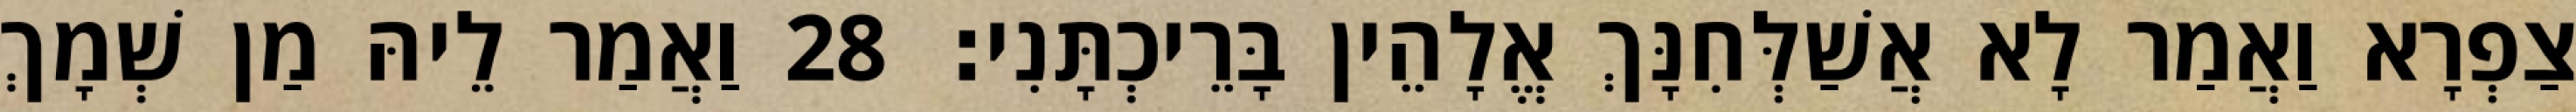
צַפְרָא וַאֲמַר לָא אֲשַׁלְּחִנָּךְ אֱלָהֵין בָּרֵיכְתָּנִי׃ 28 וַאֲמַר לֵיהּ מַן שְׁמָךְ